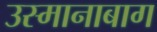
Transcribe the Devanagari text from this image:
उस्मानाबाग